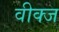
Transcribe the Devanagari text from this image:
वीक्ज